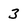
Character: 3